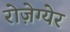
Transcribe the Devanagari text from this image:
रोज़ेग्येर